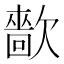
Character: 㱇